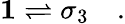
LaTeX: \mathbf{1}\rightleftharpoons\sigma_{3}\quad.